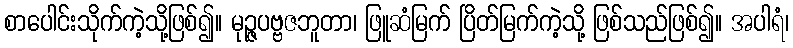
စာပေါင်းသိုက်ကဲ့သို့ဖြစ်၍။ မုဉ္ဇပဗ္ဗဇဘူတာ၊ ဖြူဆံမြက် ပြိတ်မြက်ကဲ့သို့ ဖြစ်သည်ဖြစ်၍။ အပါရံ၊